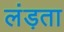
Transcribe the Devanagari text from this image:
लंड़ता